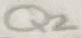
Text: Q2